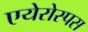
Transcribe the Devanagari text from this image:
एयेरोस्पस